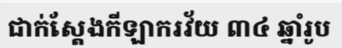
ជាក់ស្តែងកីឡាករវ័យ ៣៤ ឆ្នាំរូប